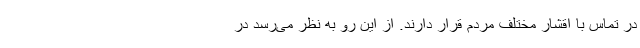
در تماس با اقشار مختلف مردم قرار دارند. از این رو به نظر می‌رسد در